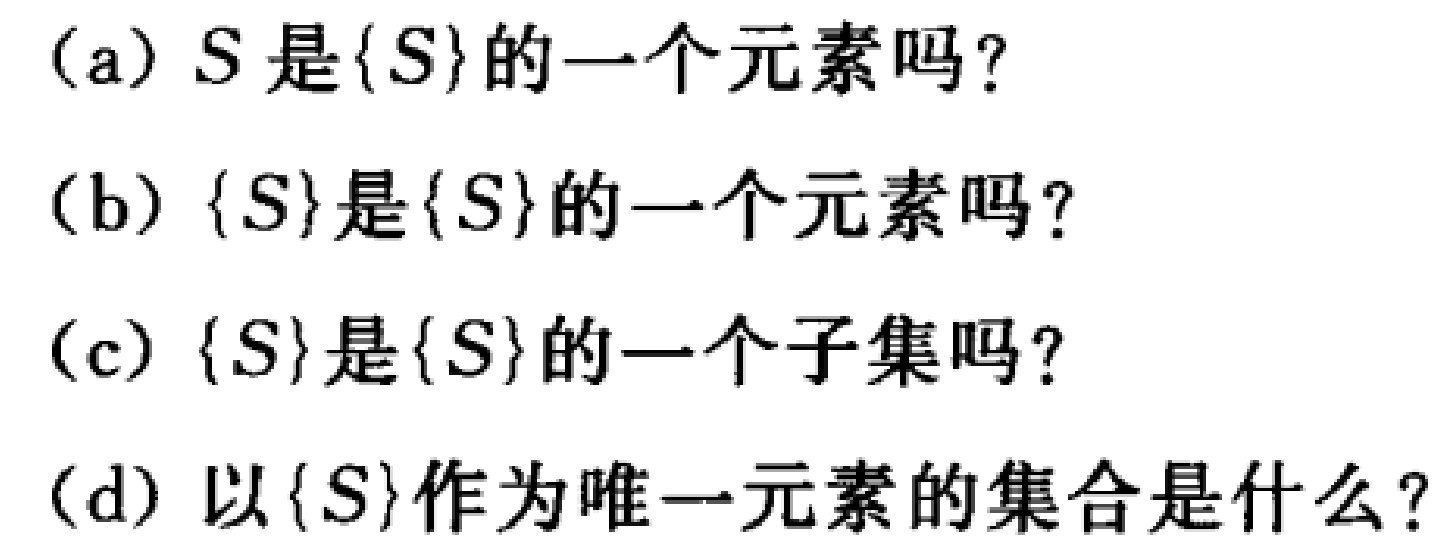
(a) \(S\)是\(\{S\}\)的一个元素吗？

(b) \(\{S\}\)是\(\{S\}\)的一个元素吗？

(c) \(\{S\}\)是\(\{S\}\)的一个子集吗？

(d) 以\(\{S\}\)作为唯一元素的集合是什么？